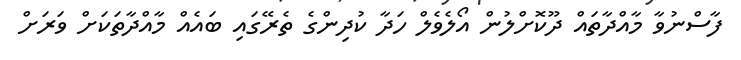
ފާސްނުވާ މާއްދާތައް ދޫކޮށްލުން އޯލެވެލް ހަދާ ކުދިންގެ ތެރޭގައި ބައެއް މާއްދާތަކަށް ވަރަށް